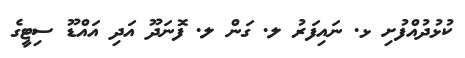
ކުޅުދުއްފުށި ޅ. ނައިފަރު ލ. ގަން ލ. ފޮނަދޫ އަދި އައްޑޫ ސިޓީގެ